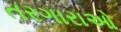
તરગારાઓ